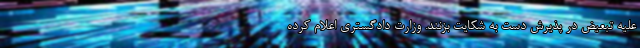
علیه تبعیض در پذیرش دست به شکایت بزنند. وزارت دادگستری اعلام کرده